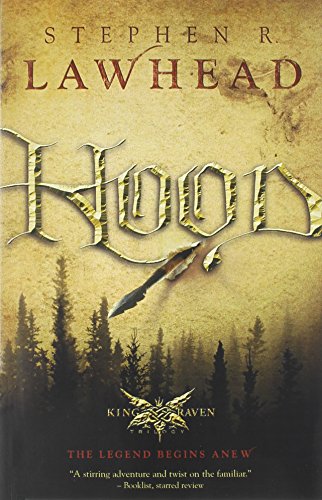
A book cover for Hood (King Raven Trilogy); Stephen Lawhead; Christian Books & Bibles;